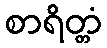
စာရိတ္တံ